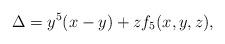
LaTeX: \begin{align*} \Delta=y^5(x-y)+zf_5(x,y,z),\end{align*}